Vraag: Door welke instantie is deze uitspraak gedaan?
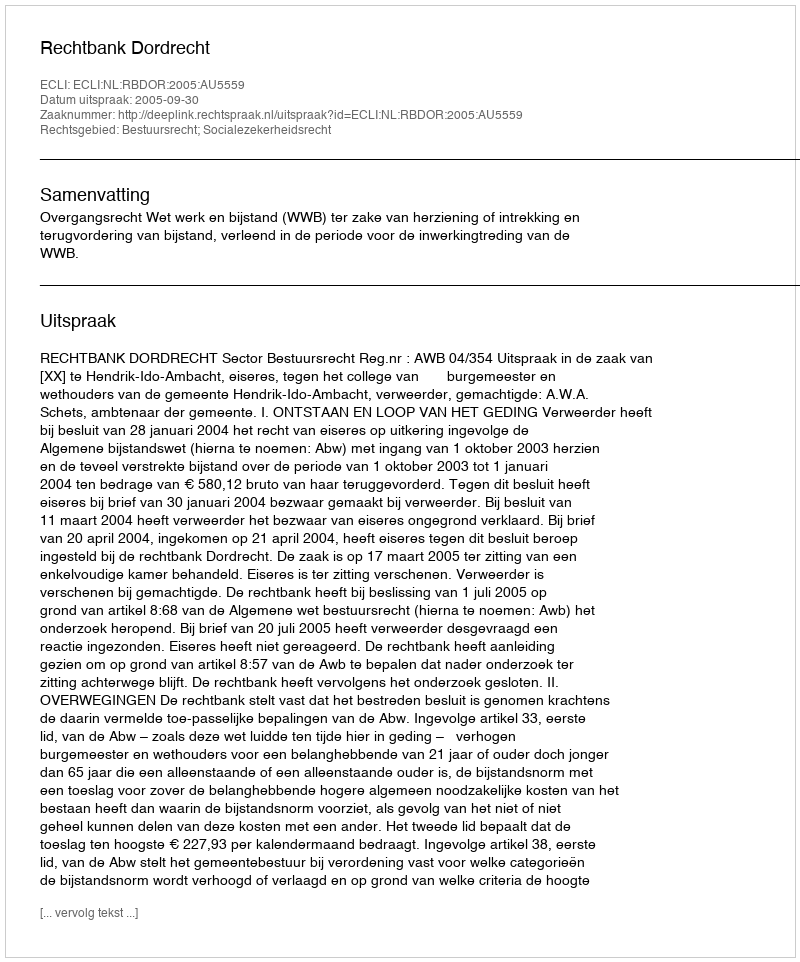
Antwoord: Rechtbank Dordrecht